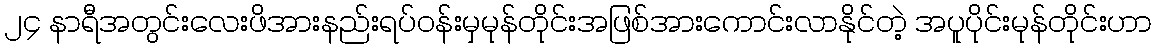
၂၄ နာရီအတွင်းလေးဖိအားနည်းရပ်ဝန်းမှမုန်တိုင်းအဖြစ်အားကောင်းလာနိုင်တဲ့ အပူပိုင်းမုန်တိုင်းဟာ